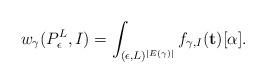
LaTeX: \begin{align*} w_{\gamma}(P_{\epsilon}^L, I) = \int_{(\epsilon, L)^{|E(\gamma)|}} f_{\gamma, I}(\mathbf{t})[\alpha].\end{align*}